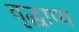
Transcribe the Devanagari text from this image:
वृद्धाप्य